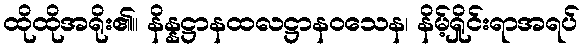
ထိုထိုအရိုး၏။ နိန္နဋ္ဌာနထလဋ္ဌာနဝသေန၊ နိမ့်ရှိုင်းရာအရပ်